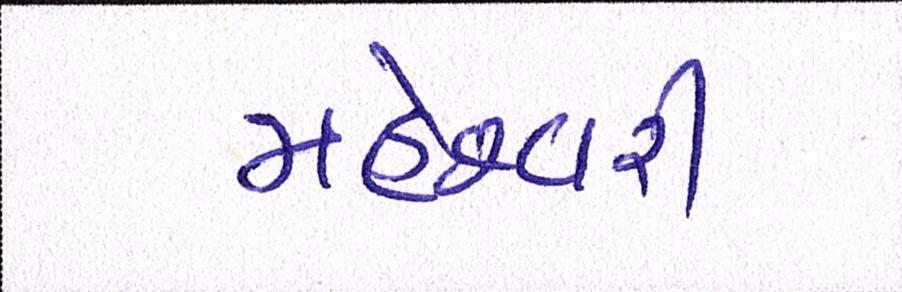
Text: મહેશ્વરી